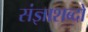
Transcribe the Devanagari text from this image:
संज्ञाशब्दों